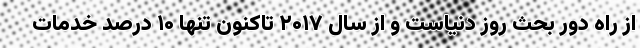
از راه دور بحث روز دنیاست و از سال ۲۰۱۷ تاکنون تنها ۱۰ درصد خدمات